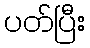
ပတ်ပြီး